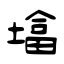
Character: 墖